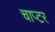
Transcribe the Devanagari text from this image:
चाप्टर